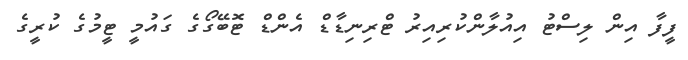
ފީފާ އިން ލިސްޓު އިއުލާންކުރިއިރު ޓްރިނިޑާޑް އެންޑް ޓޮބޭގޯގެ ގައުމީ ޓީމުގެ ކުރީގެ